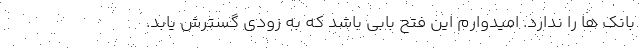
بانک ها را ندارد. امیدوارم این فتح بابی باشد که به زودی گسترش یابد.